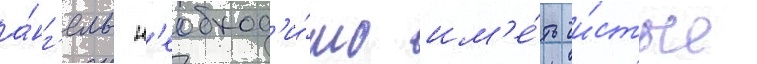
а́нг'елам н'еобход'и́мо им'е́ть чи́стые